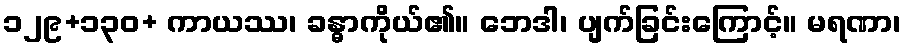
၁၂၉+၁၃၀+ ကာယဿ၊ ခန္ဓာကိုယ်၏။ ဘေဒါ၊ ပျက်ခြင်းကြောင့်။ မရဏာ၊